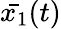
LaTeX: \bar{x_{1}}(t)